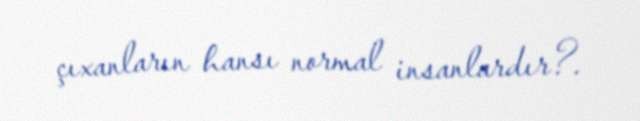
çıxanların hansı normal insanlardır?.